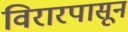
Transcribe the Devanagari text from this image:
विरारपासून